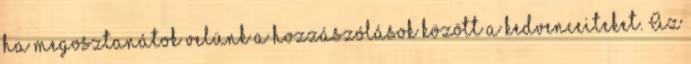
ha megosztanátok velünk a hozzászólások között a kedvenceiteket. Az